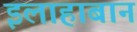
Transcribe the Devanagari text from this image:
इलाहाबान